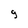
Character: g